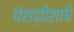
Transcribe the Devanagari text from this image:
वंशद्वेशाचे